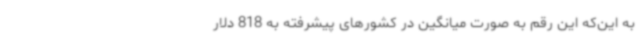
به این‌که این رقم به صورت میانگین در کشورهای پیشرفته به 818 دلار